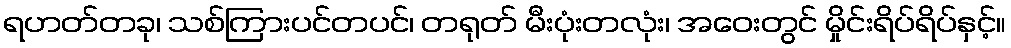
ရဟတ်တခု၊ သစ်ကြားပင်တပင်၊ တရုတ် မီးပုံးတလုံး၊ အဝေးတွင် မှိုင်းရိပ်ရိပ်နှင့်။